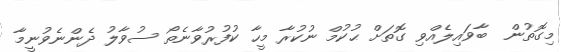
މިގޮތުން  ބާވައިލެއްވި ގޮތަށް ޙުކުމް ނުކުރާ މީހާ ކުފުރުވާނެތޯ ސުވާލު ދެންނެވުނީމާ